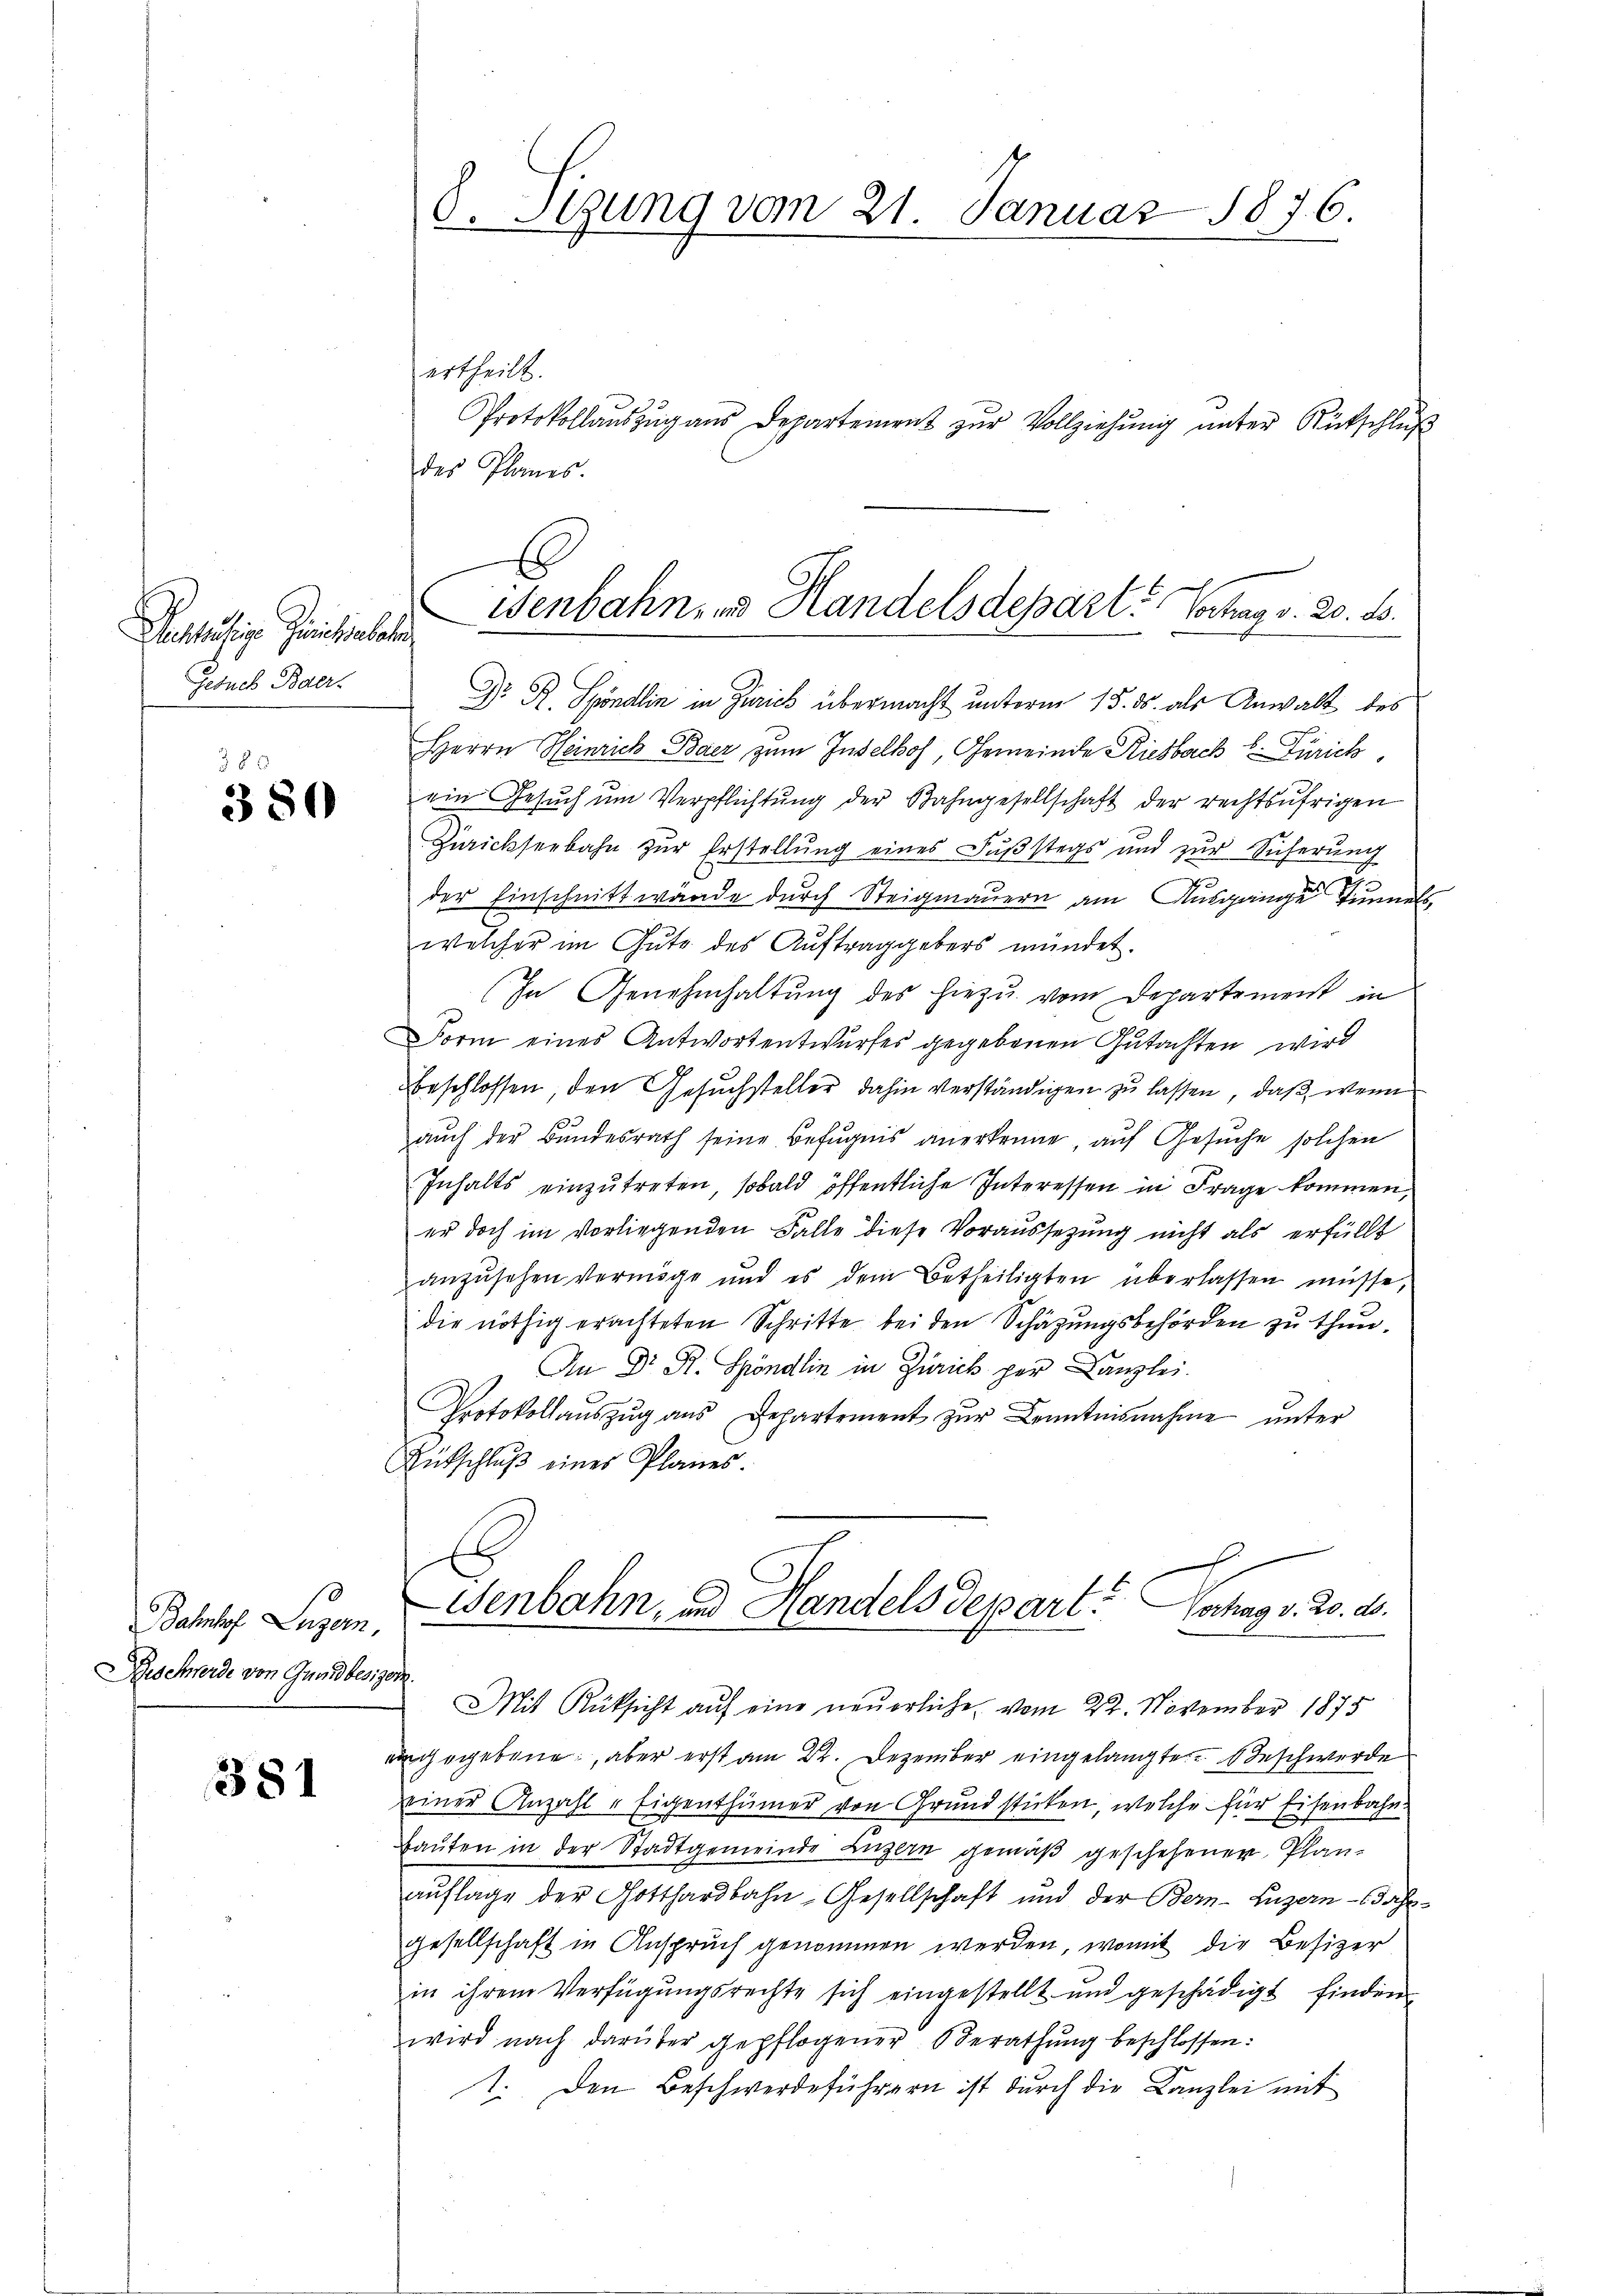
Rechtlichtige Gerichtsbesor
Gesuch Baer.

385
380

Bahnhof Luzern
Beschwerde von Grundbesiz

381

1

8. Stung vom 21. Januar 1876.

ertheilt.
Protokollauszug aus Departement zŭr Vollziehung unter Rückschluß
des Planes.
Dr. R. Spöndlin in Zürich übermacht unterm 15. ds. als Anwalt des
Herrn Heinrich Baer zum Inselhof, Gemeinde Riesbach Zürich,
ein Gesŭch ŭm Verpflichtŭng der Bahngesellschaft der rechtsufrigen
Ziickseebahn zur Erstellung eines Fußstags und zur Sicherung
u
der Einschnittwände durch Steigmauern am Ausgange Sinne
welcher im Gute des Auftraggebers mündet.
In Genehmhaltung des hiezu vom Departement in
Form eines Antwortentwurfes gegebenen Gutachten wird
beschlossen, den Gesuchsteller dahin verständigen zu lassen, daß wenn
auch der Bundesrath seine Befugnis anerkenne, auf Gesuche solchen
Inhalts einzŭtreten, sobald öffentliche Interessen in Frage kommen,
er doch im vorliegenden Falle diese Voraussetzung nicht als erfüllt
anzusehen Vermöge und es dem Betheiligten überlassen müsse,
die nöthig erachteten Schritte bei den Schätzungsbehörden zu thun.
An Dr. R. Spöndlin in Zürich per Kanzlei.
Protokollaŭszŭg ans Departement zŭr Kenntnisnahme ŭnter
Entschlŭβ eines Planes.
x
Genbahn, und Handels Depart. Hochag v. 20. ds.
o.
Mit Rüksicht auf eine neuerliche vom 22. November 1875
angegebene, aber erst am 22. Dezember eingelangte Beschwerde
einer Anzahl - Eigenthümer von Grundstücken, welche für Eisenbahn
Bauten in der Stadtgemeinde Luzern gemäß geschehener Plan-
aŭflage der Gotthardbahn-Gesellschaft und der Bern-Luzern dahe
gesellschaft in Anspruch genommen werden, womit die Besizer
in ihrem Verfügungsrechte sich eingestellt und geschädigt finden
wird nach darüber gepflogener Berathung beschlossen:
1. Den Beschwerdeführern ist durch die Kanzlei mit

enbahn- und Handelsdepart. Vortrag v. 20. B